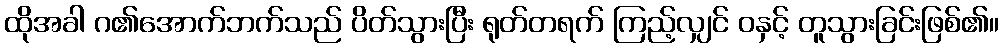
ထိုအခါ ဂ၏အောက်ဘက်သည် ပိတ်သွားပြီး ရုတ်တရက် ကြည့်လျှင် ဝနှင့် တူသွားခြင်းဖြစ်၏။